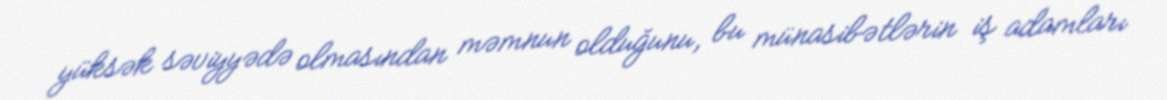
yüksək səviyyədə olmasından məmnun olduğunu, bu münasibətlərin iş adamları